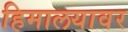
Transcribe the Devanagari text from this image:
हिमालयावर